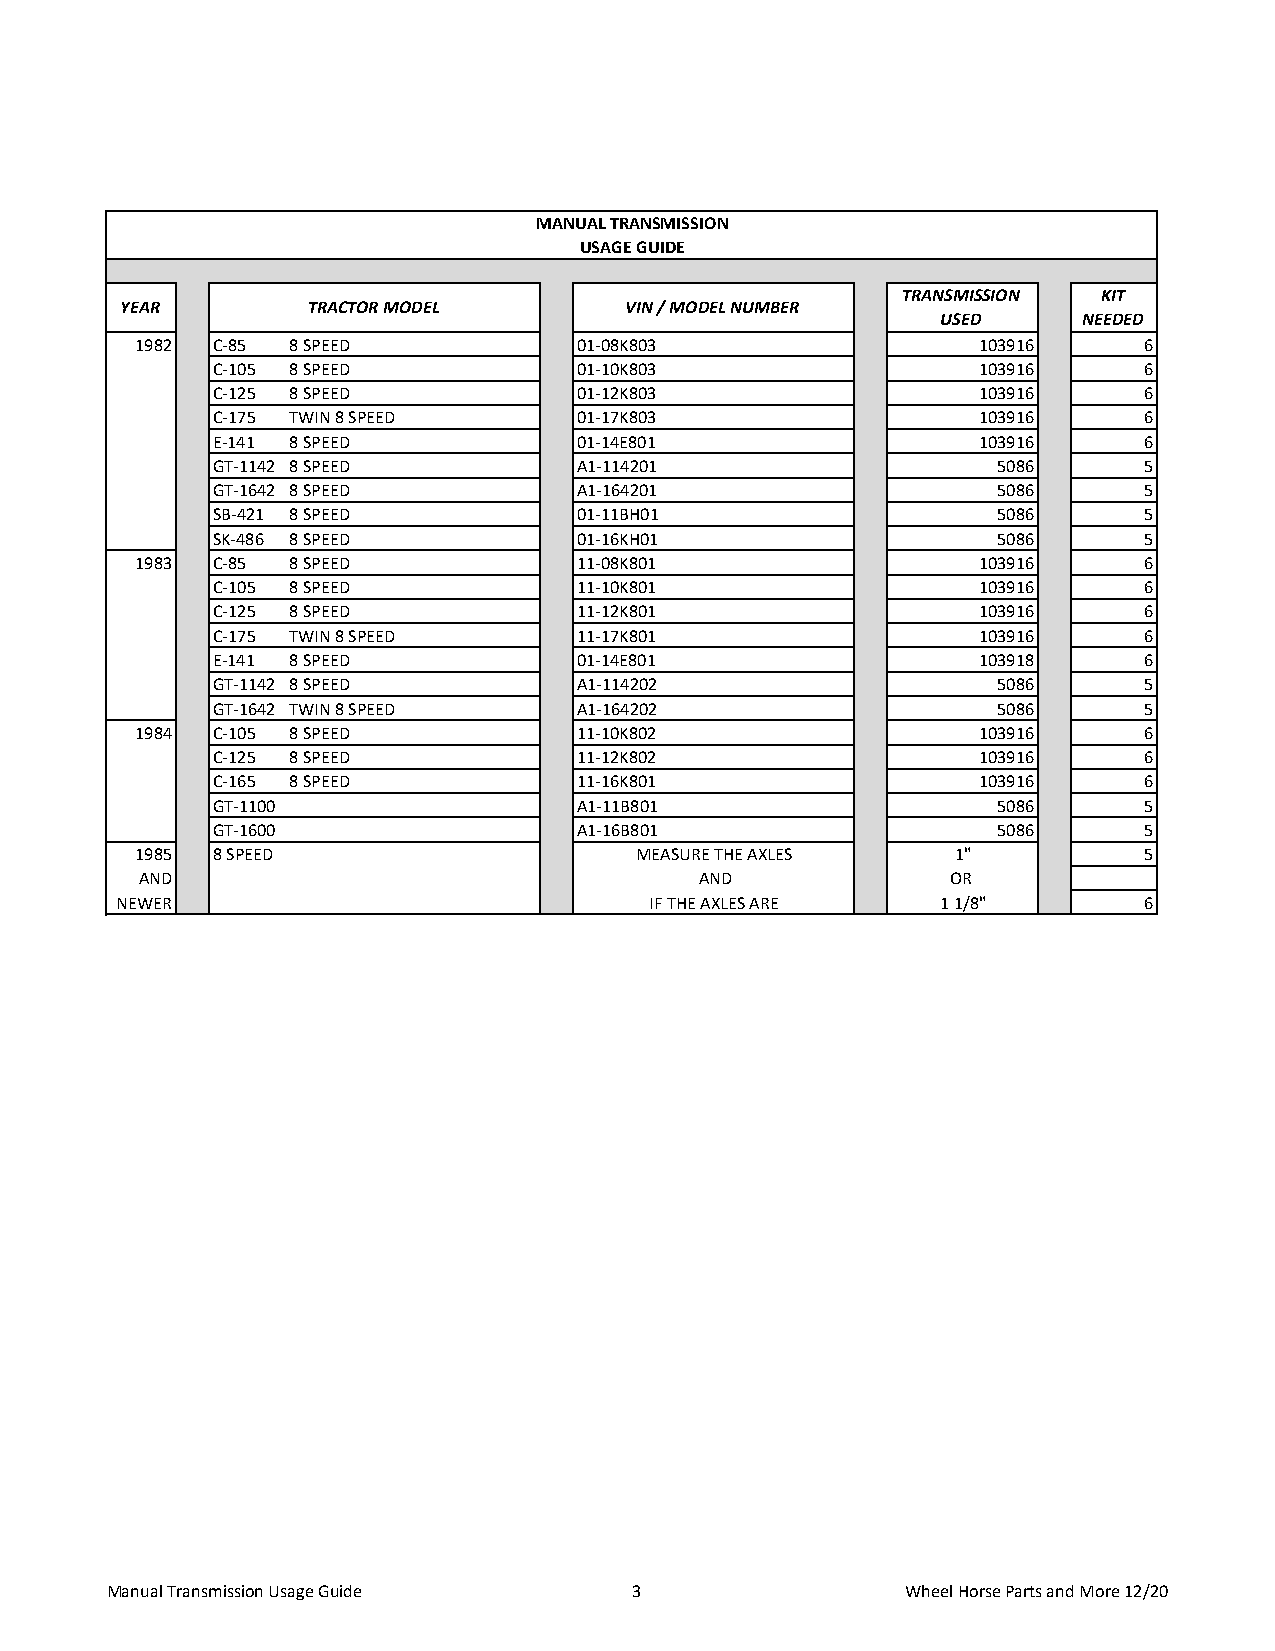
MANUAL TRANSMISSION
 USAGE GUIDE
 TRANSMISSION KIT
 YEAR        TRACTOR MODEL        VIN / MODEL NUMBER
 USED      NEEDED
 1982 C-85 8 SPEED            01-08K803                  103916     6
 C-105 8 SPEED           01-10K803                  103916     6
 C-125 8 SPEED           01-12K803                  103916     6
 C-175 TWIN 8 SPEED      01-17K803                  103916     6
 E-141 8 SPEED           01-14E801                  103916     6
 GT-1142 8 SPEED         A1-114201                   5086      5
 GT-1642 8 SPEED         A1-164201                   5086      5
 SB-421 8 SPEED          01-11BH01                   5086      5
 SK-486 8 SPEED          01-16KH01                   5086      5
 1983 C-85 8 SPEED            11-08K801                  103916     6
 C-105 8 SPEED           11-10K801                  103916     6
 C-125 8 SPEED           11-12K801                  103916     6
 C-175 TWIN 8 SPEED      11-17K801                  103916     6
 E-141 8 SPEED           01-14E801                  103918     6
 GT-1142 8 SPEED         A1-114202                   5086      5
 GT-1642 TWIN 8 SPEED    A1-164202                   5086      5
 1984 C-105 8 SPEED           11-10K802                  103916     6
 C-125 8 SPEED           11-12K802                  103916     6
 C-165 8 SPEED           11-16K801                  103916     6
 GT-1100                 A1-11B801                   5086      5
 GT-1600                 A1-16B801                   5086      5
 1985 8 SPEED                     MEASURE THE AXLES    1"           5
 AND                                  AND              OR
 NEWER                              IF THE AXLES ARE   1 1/8"        6
 Manual Transmission Usage Guide    3                 Wheel Horse Parts and More 12/20